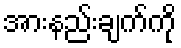
အားနည်းချက်ကို